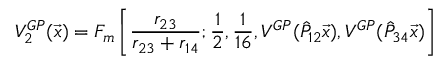
V _ { 2 } ^ { G P } ( \vec { x } ) = F _ { m } \left[ \frac { r _ { 2 3 } } { r _ { 2 3 } + r _ { 1 4 } } ; \frac { 1 } { 2 } , \frac { 1 } { 1 6 } , V ^ { G P } ( \hat { P } _ { 1 2 } \vec { x } ) , V ^ { G P } ( \hat { P } _ { 3 4 } \vec { x } ) \right]